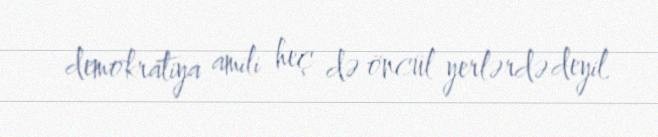
demokratiya amili heç də öncül yerlərdə deyil.